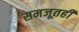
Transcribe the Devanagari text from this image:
समजूतही